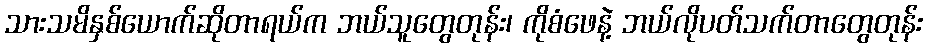
သားသမိနှစ်ယောက်ဆိုတာရယ်က ဘယ်သူတွေတုန်း၊ ကိုစံဖေနဲ့ ဘယ်လိုပတ်သက်တာတွေတုန်း